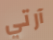
آرتي